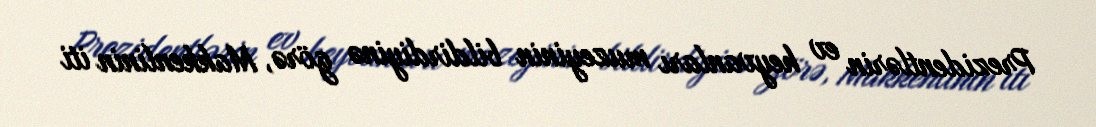
Prezidentlərin ev heyvanları muzeyinin bildirdiyinə görə, Makkenlinin iti